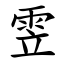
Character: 雴